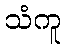
သံကူ